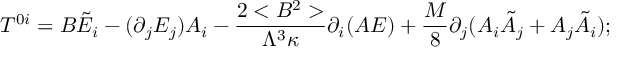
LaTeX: T ^ { 0 i } = B \tilde { E } _ { i } - ( \partial _ { j } E _ { j } ) A _ { i } - \frac { 2 < B ^ { 2 } > } { \Lambda ^ { 3 } \kappa } \partial _ { i } ( A E ) + \frac { M } { 8 } \partial _ { j } ( A _ { i } \tilde { A } _ { j } + A _ { j } \tilde { A } _ { i } ) ;